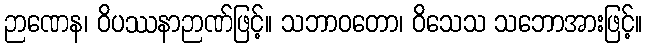
ဉာဏေန၊ ဝိပဿနာဉာဏ်ဖြင့်။ သဘာဝတော၊ ဝိသေသ သဘောအားဖြင့်။